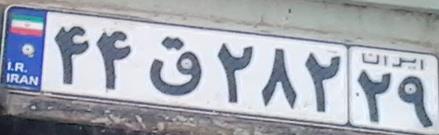
۴۴ق۲۸۲۲۹